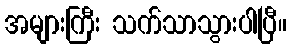
အများကြီး သက်သာသွားပါပြီ။